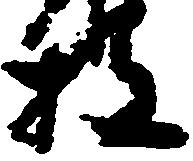
枝